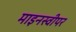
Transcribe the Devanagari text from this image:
माइनस्वीपर